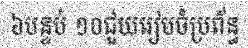
៦បន្ទប់ ១០ជួយរៀបចំប្រព័ន្ធ